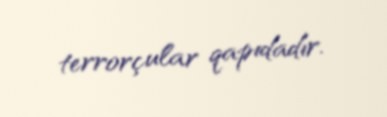
terrorçular qapıdadır.